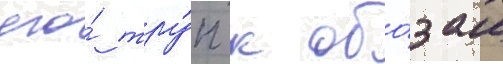
его́ тру́п к обо́зам